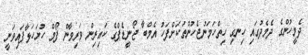
ދެމީހުންގެ ދެމެދުގައި ހިނގި ހިތްހަމަނުޖެހުންތަކަށްފަހު އެމްބާ ޖޯނީޑެޕްގެ ކައިރިން ވަރިވާން ފޯމް ހުށަހަޅާފައިވަނީ